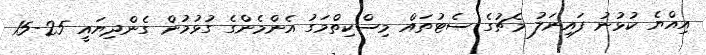
އިއްޔެ ކުޅުނު ފައިނަލު މެޗުގެ ސެޓުތައް މިސްކިތްމަގު އެންމެންގެ ގުޅުމުން ގެންދިޔައީ 25-15